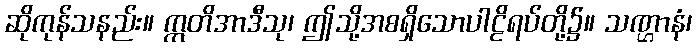
ဆိုကုန်သနည်း။ ဣတိအာဒီသု၊ ဤသို့အစရှိသောပါဠိရပ်တို့၌။ သဏ္ဌာနံ၊